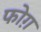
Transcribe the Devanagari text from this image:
फोग़